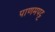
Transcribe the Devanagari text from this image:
पाणमपट्ट